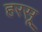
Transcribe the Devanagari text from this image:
हरसू